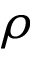
\rho